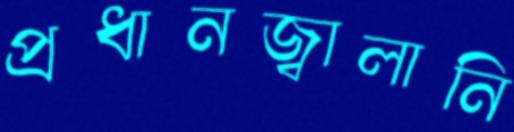
প্রধানজ্বালানি